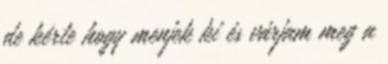
de kérte hogy menjek ki és várjam meg a